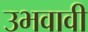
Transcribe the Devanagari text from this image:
उभवावी